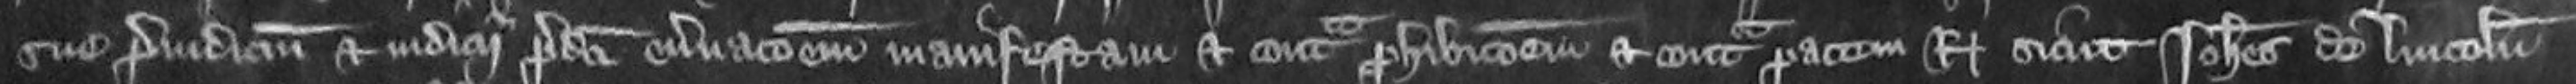
sue preiudicium et iudicii predicti enervationem manifestam et contra prohibitionem et contra pacem Regis sicut Johannes de Lincoln